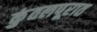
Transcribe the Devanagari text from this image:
कुंतलपूरात